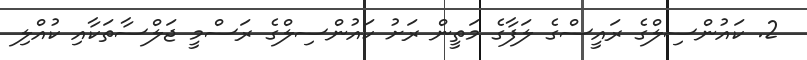
2. ކައުންސިލްގެ ރައީސްގެ ލަފާގެ މަތީން ރަށު ކައުންސިލްގެ ރަސްމީ ޖަލްސާތަކާއި ކުއްލި